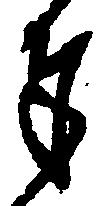
奉